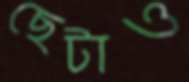
ছেটাও